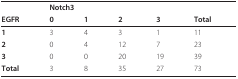
<table><thead><tr><td></td><td colspan="4"><b>Notch3</b></td><td></td></tr><tr><td><b>EGFR</b></td><td><b>0</b></td><td><b>1</b></td><td><b>2</b></td><td><b>3</b></td><td><b>Total</b></td></tr></thead><tbody><tr><td><b>1</b></td><td>3</td><td>4</td><td>3</td><td>1</td><td>11</td></tr><tr><td><b>2</b></td><td>0</td><td>4</td><td>12</td><td>7</td><td>23</td></tr><tr><td><b>3</b></td><td>0</td><td>0</td><td>20</td><td>19</td><td>39</td></tr><tr><td><b>Total</b></td><td>3</td><td>8</td><td>35</td><td>27</td><td>73</td></tr></tbody></table>